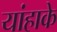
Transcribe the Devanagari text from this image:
यांहाके